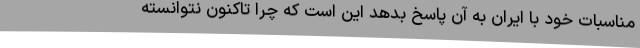
مناسبات خود با ایران به آن پاسخ بدهد این است که چرا تاکنون نتوانسته